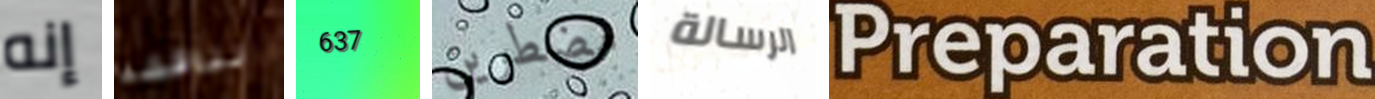
إنه نناقشه 637 مضطرين الرسالة Preparation